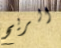
الريح